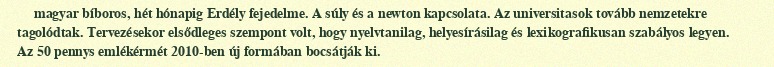
magyar bíboros, hét hónapig Erdély fejedelme. A súly és a newton kapcsolata. Az universitasok tovább nemzetekre tagolódtak. Tervezésekor elsődleges szempont volt, hogy nyelvtanilag, helyesírásilag és lexikografikusan szabályos legyen. Az 50 pennys emlékérmét 2010-ben új formában bocsátják ki.